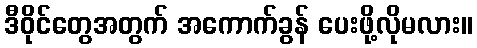
ဒီဝိုင်တွေအတွက် အကောက်ခွန် ပေးဖို့လိုမလား။